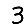
Digit: 3